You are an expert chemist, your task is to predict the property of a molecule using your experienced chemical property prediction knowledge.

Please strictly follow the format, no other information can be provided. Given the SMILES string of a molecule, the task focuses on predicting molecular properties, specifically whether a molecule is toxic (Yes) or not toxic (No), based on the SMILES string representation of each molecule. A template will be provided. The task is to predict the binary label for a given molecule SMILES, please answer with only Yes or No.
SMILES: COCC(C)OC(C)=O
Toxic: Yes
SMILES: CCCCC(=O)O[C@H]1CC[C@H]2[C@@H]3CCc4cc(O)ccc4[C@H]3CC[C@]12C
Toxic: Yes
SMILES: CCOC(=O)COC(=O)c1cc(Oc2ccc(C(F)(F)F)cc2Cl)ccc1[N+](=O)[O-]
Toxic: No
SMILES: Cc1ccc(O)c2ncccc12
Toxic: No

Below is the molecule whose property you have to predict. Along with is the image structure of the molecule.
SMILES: CC(=O)OCCC(C)CC(C)(C)C
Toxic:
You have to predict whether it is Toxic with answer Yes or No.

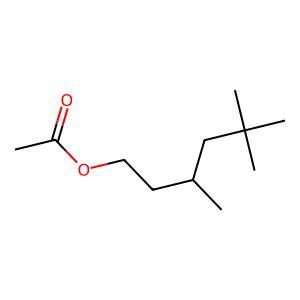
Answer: No